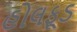
હોલફૂડ